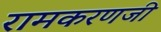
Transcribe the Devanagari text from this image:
रामकरणजी